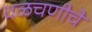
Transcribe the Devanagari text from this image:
वळचणीचे